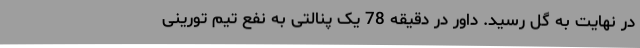
در نهایت به گل رسید. داور در دقیقه 78 یک پنالتی به نفع تیم تورینی